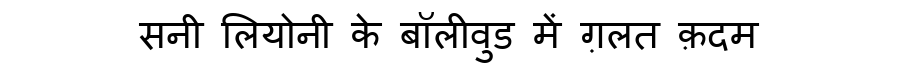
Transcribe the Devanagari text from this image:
सनी लियोनी के बॉलीवुड में ग़लत क़दम